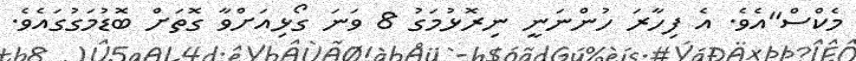
މެކްސް"އެވެ. އެ ފިހާރަ ހުންނަނީ ނިރޮޅުމަގު 8 ވަނަ ގޯޅިއަށްވާ ގޮތަށް ބޮޑުމަގުގައެވެ.